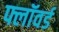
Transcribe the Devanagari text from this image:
फ्लॉवर्ड